Madras plague regulations in force outside the Presidency town - Volume 6
Disease focus: Plague
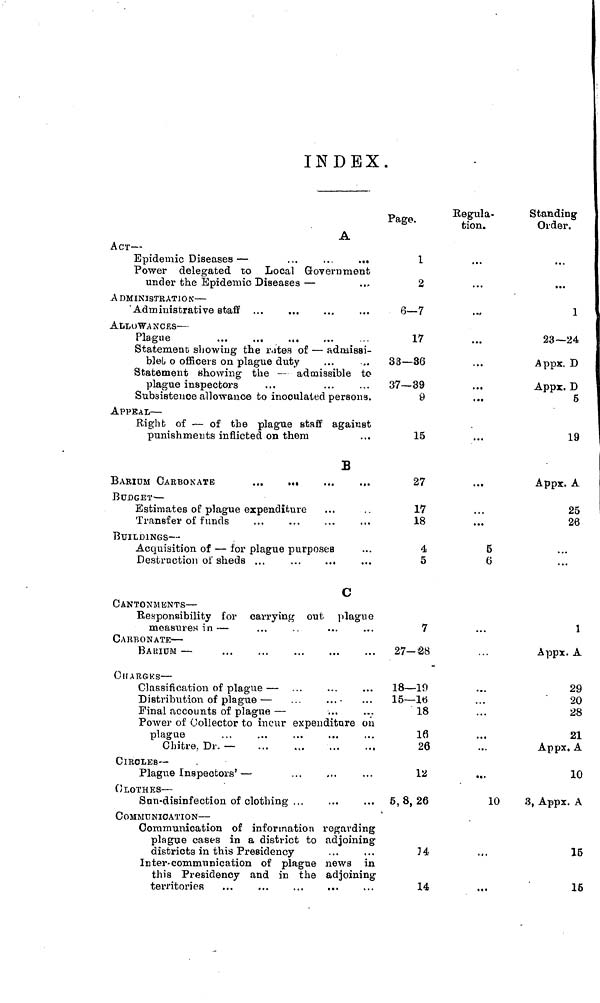
INDEX.
A
ACT —
Epidemic Diseases —
...
..
...
Power delegated to Local Government
under the Epidemic Diseases —
A DMINISTBAT1O N
'Administrative staff
ALLOWANCES—
Plague
Statement showing the rates of — admissi-
ble o officers on plague duty
Statement showing the — admissible to
plague inspectors
Subsistence allowance to inoculated persons.
APPEAL —
Right of — of the plague staff against
punishments inflicted on them
B
BUDGET—
Estimates of plague expenditure
Transfer of funds
BUILDINGS —
Acquisition of — for plague purposes
Destr uction of sheds ...
...
...
C
CANTONMENTS —
Responsibility for carrying oui plague
measure« in —
CARBONATE —
BARIUM —
CHARGES—
Classification of plague —
Distribution, of plague —
...
...•
Final accounts of plague —
Power of Collector to incur expenditure on
plague
Chitre, Dr. —
,
CIRCLES--
Plague Inspectors' —
CLOTHES—
Sun-disinfection of clothing ...
COMMUNICATION —
Communication of information regarding
plague cases in a district to adjoining
districts in this Presidency
Inter-communication of plague news in
this Presidency and in the adjoining
territories
Page.
1
2
6-7
17
33—36
37—39
0
15
27
17
18
4
5
7
27-28
18—19
15— 16
18
16
26
12
5, 8, 26
14
14
Regula-
tion.
..
.
...
...
...
...
...
...
5
6ö
...
...
•
10
Standing
Order.
..
...
1
23—24
Appx. D
Appx. D
5
19
Appx. A
25
26
1
Appx. A
29
20
28
21
Appx, A
10
3, Appx. A
15
16